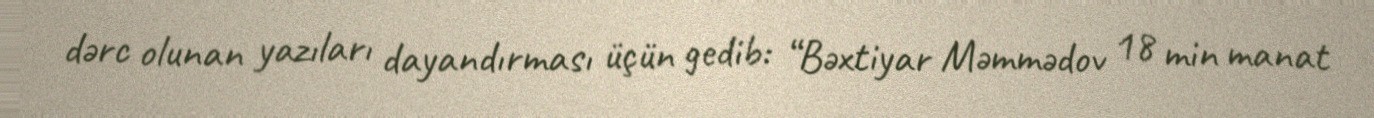
dərc olunan yazıları dayandırması üçün gedib: “Bəxtiyar Məmmədov 18 min manat